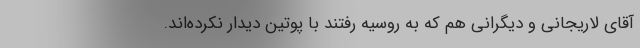
آقای لاریجانی و دیگرانی هم که به روسیه رفتند با پوتین دیدار نکرده‌اند.